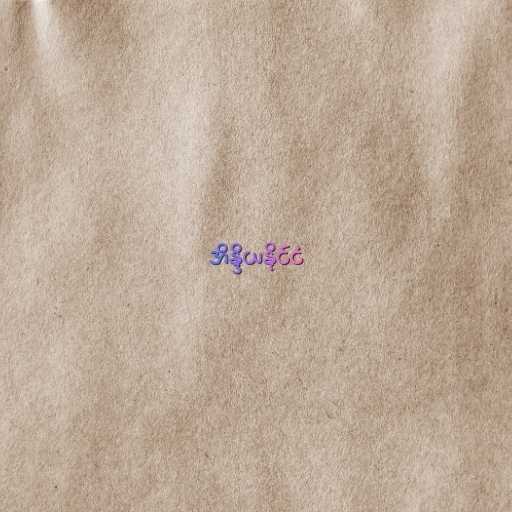
အိန္ဒိယနိုင်ငံ